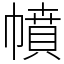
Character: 幩